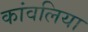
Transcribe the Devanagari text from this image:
कांवलिया